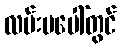
လမ်းမပေါ်တွင်